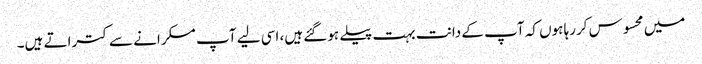
میں محسوس کررہا ہوں کہ آپ کے دانت بہت پیلے ہوگئے ہیں، اسی لیے آپ مسکرانے سے کتراتے ہیں۔